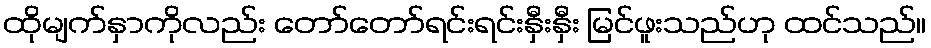
ထိုမျက်နှာကိုလည်း တော်တော်ရင်းရင်းနှီးနှီး မြင်ဖူးသည်ဟု ထင်သည်။